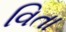
વિતા